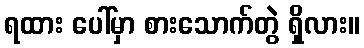
ရထား ပေါ်မှာ စားသောက်တွဲ ရှိလား။